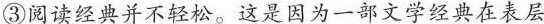
③阅读经典并不轻松。这是因为一部文学经典在表层